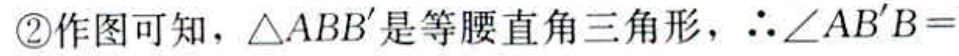
\textcircled{2}作图可知，\(\triangle ABB'\)是等腰直角三角形，\(\therefore\angle AB'B =\)